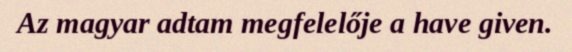
Az magyar adtam megfelelője a have given.